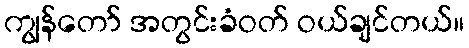
ကျွန်တော် အတွင်းခံဝတ် ဝယ်ချင်တယ်။